Annual administration report of the Civil Veterinary Department of India - 1896-1897
Year: 1896
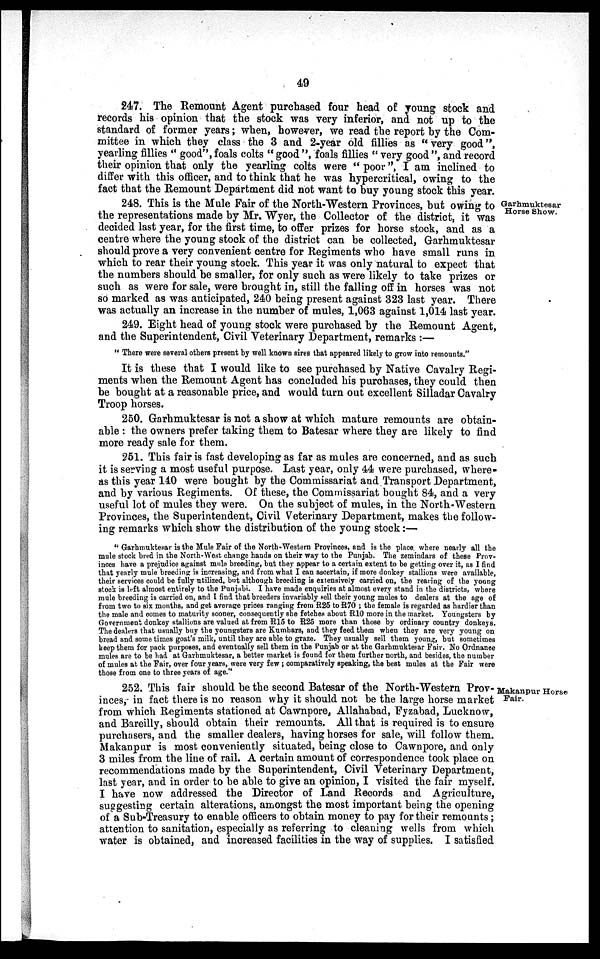
49
247. The Remount Agent purchased four head of young stock and
records his opinion that the stock was very inferior, and not up to the
standard of former years; when, however, we read the report by the Com-
mittee in which they class the 3 and 2-year old fillies as "very good",
yearling fillies "good", foals colts " good ", foals fillies " very good ", and record
their opinion that only the yearling colts were "poor", I am inclined to
differ with this officer, and to think that he was hypercritical, owing to the
fact that the Remount Department did not want to buy young stock this year.
Garhmuktesar
Horse Show.
248. This is the Mule Fair of the North-Western Provinces, but owing to
the representations made by Mr. Wyer, the Collector of the district, it was
decided last year, for the first time, to offer prizes for horse stock, and as a
centre where the young stock of the district can be collected, Garhmuktesar
should prove a very convenient centre for Regiments who have small runs in
which to rear their young stock. This year it was only natural to expect that
the numbers should be smaller, for only such as were likely to take prizes or
such as were for sale, were brought in, still the falling off in horses was not
so marked as was anticipated, 240 being present against 323 last year. There
was actually an increase in the number of mules, 1,063 against 1,014 last year.
249. Eight head of young stock were purchased by the Remount Agent,
and the Superintendent, Civil Veterinary Department, remarks:—
"There were several others present by well known sires that appeared likely to grow into remounts."
It is these that I would like to see purchased by Native Cavalry Regi-
ments when the Remount Agent has concluded his purchases, they could then
be bought at a reasonable price, and would turn out excellent Silladar Cavalry
Troop horses.
250. Garhmuktesar is not a show at which mature remounts are obtain-
able: the owners prefer taking them to Batesar where they are likely to find
more ready sale for them.
251. This fair is fast developing as far as mules are concerned, and as such
it is serving a most useful purpose. Last year, only 44 were purchased, where-
as this year 140 were bought by the Commissariat and Transport Department,
and by various Regiments. Of these, the Commissariat bought 84, and a very
useful lot of mules they were. On the subject of mules, in the North-Western
Provinces, the Superintendent, Civil Veterinary Department, makes the follow-
ing remarks which show the distribution of the young stock:—
"Garhmuktesar is the Mule Fair of the North-Western Provinces, and is the place where nearly all the
mule stock bred in the North-West change hands on their way to the Punjab. The zemindars of these Prov-
inces have a prejudice against mule breeding, but they appear to a certain extent to be getting over it, as I find
that yearly mule breeding is increasing, and from what I can ascertain, if more donkey stallions were available,
their services could be fully utilized, but although breeding is extensively carried on, the rearing of the young
stock is left almost entirely to the Punjabi. I have made enquiries at almost every stand in the districts, where
mule breeding is carried on, and I find that breeders invariably sell their young mules to dealers at the age of
from two to six months, and get average prices ranging from R25 to R70 ; the female is regarded as hardier than
the male and comes to maturity sooner, consequently she fetches about R10 more in the market. Youngsters by
Government donkey stallions are valued at from R15 to R25 more than those by ordinary country donkeys.
The dealers that usually buy the youngsters are Kumhars, and they feed them when they are very young on
bread and some times goat's milk, until they are able to graze. They usually sell them young, but sometimes
keep them for pack purposes, and eventually sell them in the Punjab or at the Garhmuktesar Fair. No Ordnance
mules are to be had at Garhmuktesar, a better market is found for them further north, and besides, the number
of mules at the Fair, over four years, were very few; comparatively speaking, the best mules at the Fair were
those from one to three years of age."
Makanpur Horse
Fair.
252. This fair should be the second Batesar of the North-Western Prov-
inces, in fact there is no reason why it should not be the large horse market
from which Regiments stationed at Cawnpore, Allahabad, Fyzabad, Lucknow,
and Bareilly, should obtain their remounts. All that is required is to ensure
purchasers, and the smaller dealers, having horses for sale, will follow them.
Makanpur is most conveniently situated, being close to Cawnpore, and only
3 miles from the line of rail. A certain amount of correspondence took place on
recommendations made by the Superintendent, Civil Veterinary Department,
last year, and in order to be able to give an opinion, I visited the fair myself.
I have now addressed the Director of Land Records and Agriculture,
suggesting certain alterations, amongst the most important being the opening
of a Sub-Treasury to enable officers to obtain money to pay for their remounts;
attention to sanitation, especially as referring to cleaning wells from which
water is obtained, and increased facilities in the way of supplies. I satisfied